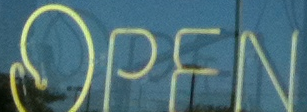
OPEN